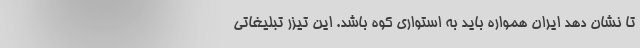
تا نشان دهد ایران همواره باید به استواری کوه باشد. این تیزر تبلیغاتی